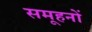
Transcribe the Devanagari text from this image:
समूहनों